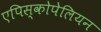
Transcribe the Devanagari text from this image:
एपिस्कोपेलियन